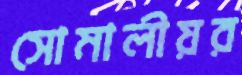
সোমালীয়র